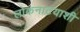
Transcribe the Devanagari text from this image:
लोकनाटयाशी